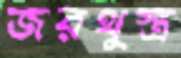
জরথুস্ত্র